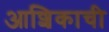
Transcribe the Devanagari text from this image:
आशिकाची